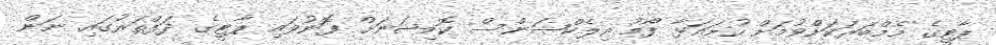
ޕާޓީގެ މެމްބަރަކަށްވުމަށް ހުށައަޅާ ފޯމު އިލެކްޝަންސް ކޮމިޝަނަށް ފޮނުވައި ޕާޓީގެ ދަފްތަރުގައި ނަން